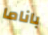
باناما